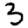
Digit: 3